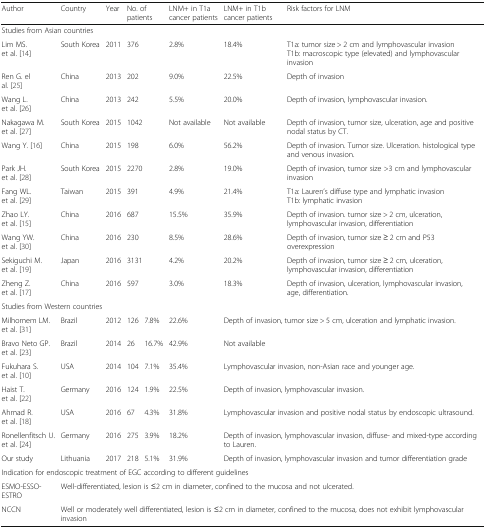
<table><thead><tr><td><b>Author</b></td><td><b>Country</b></td><td><b>Year</b></td><td colspan="2"><b>No. of patients</b></td><td><b>LNM+ in T1a cancer patients</b></td><td><b>LNM+ in T1b cancer patients</b></td><td><b>Risk factors for LNM</b></td></tr></thead><tbody><tr><td colspan="8">Studies from Asian countries</td></tr><tr><td>Lim MS. et al. [14]</td><td>South Korea</td><td>2011</td><td colspan="2">376</td><td>2.8%</td><td>18.4%</td><td>T1a: tumor size &gt; 2 cm and lymphovascular invasionT1b: macroscopic type (elevated) and lymphovascular invasion</td></tr><tr><td>Ren G. el al. [25]</td><td>China</td><td>2013</td><td colspan="2">202</td><td>9.0%</td><td>22.5%</td><td>Depth of invasion</td></tr><tr><td>Wang L. et al. [26]</td><td>China</td><td>2013</td><td colspan="2">242</td><td>5.5%</td><td>20.0%</td><td>Depth of invasion, lymphovascular invasion.</td></tr><tr><td>Nakagawa M. et al. [27]</td><td>South Korea</td><td>2015</td><td colspan="2">1042</td><td>Not available</td><td>Not available</td><td>Depth of invasion, tumor size, ulceration, age and positive nodal status by CT.</td></tr><tr><td>Wang Y. [16]</td><td>China</td><td>2015</td><td colspan="2">198</td><td>6.0%</td><td>56.2%</td><td>Depth of invasion. Tumor size. Ulceration. histological type and venous invasion.</td></tr><tr><td>Park JH. et al. [28]</td><td>South Korea</td><td>2015</td><td colspan="2">2270</td><td>2.8%</td><td>19.0%</td><td>Depth of invasion, tumor size &gt;3 cm and lymphovascular invasion</td></tr><tr><td>Fang WL. et al. [29]</td><td>Taiwan</td><td>2015</td><td colspan="2">391</td><td>4.9%</td><td>21.4%</td><td>T1a: Lauren’s diffuse type and lymphatic invasionT1b: lymphatic invasion</td></tr><tr><td>Zhao LY. et al. [15]</td><td>China</td><td>2016</td><td colspan="2">687</td><td>15.5%</td><td>35.9%</td><td>Depth of invasion. tumor size &gt; 2 cm, ulceration, lymphovascular invasion, differentiation</td></tr><tr><td>Wang YW. et al. [30]</td><td>China</td><td>2016</td><td colspan="2">230</td><td>8.5%</td><td>28.6%</td><td>Depth of invasion, tumor size ≥ 2 cm and P53 overexpression</td></tr><tr><td>Sekiguchi M. et al. [19]</td><td>Japan</td><td>2016</td><td colspan="2">3131</td><td>4.2%</td><td>20.2%</td><td>Depth of invasion, tumor size ≥ 2 cm, ulceration, lymphovascular invasion, differentiation</td></tr><tr><td>Zheng Z. et al. [17]</td><td>China</td><td>2016</td><td colspan="2">597</td><td>3.0%</td><td>18.3%</td><td>Depth of invasion, ulceration, lymphovascular invasion, age, differentiation.</td></tr><tr><td colspan="8">Studies from Western countries</td></tr><tr><td>Milhomem LM. et al. [31]</td><td>Brazil</td><td>2012</td><td>126</td><td>7.8%</td><td>22.6%</td><td colspan="2">Depth of invasion, tumor size &gt; 5 cm, ulceration and lymphatic invasion.</td></tr><tr><td>Bravo Neto GP. et al. [23]</td><td>Brazil</td><td>2014</td><td>26</td><td>16.7%</td><td>42.9%</td><td colspan="2">Not available</td></tr><tr><td>Fukuhara S. et al. [10]</td><td>USA</td><td>2014</td><td>104</td><td>7.1%</td><td>35.4%</td><td colspan="2">Lymphovascular invasion, non-Asian race and younger age.</td></tr><tr><td>Haist T. et al. [22]</td><td>Germany</td><td>2016</td><td>124</td><td>1.9%</td><td>22.5%</td><td colspan="2">Depth of invasion, lymphovascular invasion.</td></tr><tr><td>Ahmad R. et al. [18]</td><td>USA</td><td>2016</td><td>67</td><td>4.3%</td><td>31.8%</td><td colspan="2">Lymphovascular invasion and positive nodal status by endoscopic ultrasound.</td></tr><tr><td>Ronellenfitsch U. et al. [24]</td><td>Germany</td><td>2016</td><td>275</td><td>3.9%</td><td>18.2%</td><td colspan="2">Depth of invasion, lymphovascular invasion, diffuse- and mixed-type according to Lauren.</td></tr><tr><td>Our study</td><td>Lithuania</td><td>2017</td><td>218</td><td>5.1%</td><td>31.9%</td><td colspan="2">Depth of invasion, lymphovascular invasion and tumor differentiation grade</td></tr><tr><td colspan="8">Indication for endoscopic treatment of EGC according to different guidelines</td></tr><tr><td>ESMO-ESSO-ESTRO</td><td colspan="7">Well-differentiated, lesion is ≤2 cm in diameter, confined to the mucosa and not ulcerated.</td></tr><tr><td>NCCN</td><td colspan="7">Well or moderately well differentiated, lesion is ≤2 cm in diameter, confined to the mucosa, does not exhibit lymphovascular invasion</td></tr></tbody></table>